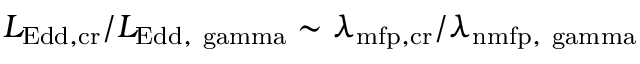
L _ { \mathrm { E d d , c r } } / L _ { \mathrm { E d d , \ g a m m a } } \sim \lambda _ { \mathrm { m f p , c r } } / \lambda _ { \mathrm { n { m f p , } \ g a m m a } }